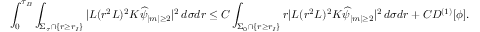
\int _ { 0 } ^ { \tau _ { B } } \int _ { \Sigma _ { \tau } \cap \{ r \geq r _ { I } \} } | L ( r ^ { 2 } L ) ^ { 2 } K \widehat { \psi } _ { | m | \geq 2 } | ^ { 2 } \, d \sigma d r \leq C \int _ { \Sigma _ { 0 } \cap \{ r \geq r _ { I } \} } r | L ( r ^ { 2 } L ) ^ { 2 } K \widehat { \psi } _ { | m | \geq 2 } | ^ { 2 } \, d \sigma d r + C D ^ { ( 1 ) } [ \phi ] .